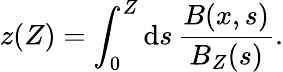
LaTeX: z(Z)=\int_{0}^{Z}\mathrm{d}s\, \frac{B(x,s)}{B_{Z}(s)}.